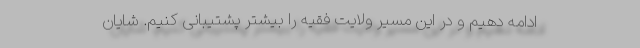
ادامه دهیم و در این مسیر ولایت فقیه را بیشتر پشتیبانی کنیم. شایان